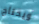
ويحتاج